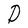
Character: D